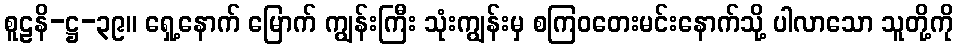
စူဠနိ-ဋ္ဌ-၃၉။ ရှေ့နောက် မြောက် ကျွန်းကြီး သုံးကျွန်းမှ စကြဝတေးမင်းနောက်သို့ ပါလာသော သူတို့ကို